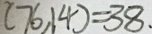
( 7 6 , 1 4 ) = 3 8 .